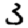
Digit: 3